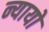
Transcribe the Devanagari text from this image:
न्यायो